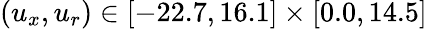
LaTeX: (u_{x},u_{r})\in[-22.7,16.1]\times[0.0,14.5]